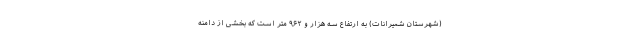
(شهرستان شمیرانات) به ارتفاع سه هزار و ۹۶۲ متر است که بخشی از دامنه